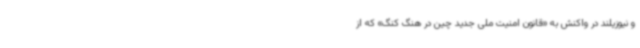
و نیوزیلند در واکنش به «قانون امنیت ملی جدید چین در هنگ کنگ» که از